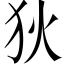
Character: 狄